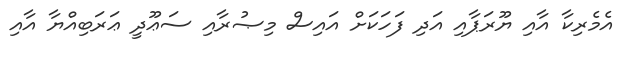
އެމެރިކާ އާއި ޔޫރަޕާއި އަދި ފަހަކަށް އައިސް މިޞުރާއި ސަޢޫދީ ޢަރަބިއްޔާ އާއި